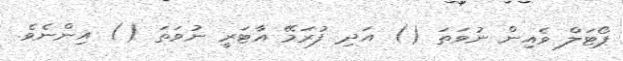
ޕޯޓަލް ވެއިން ނުވަތަ () އަދި ފުރަމޭ އާޓަރީ ނުވަތަ () އިންނެވެ.